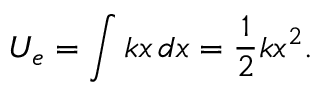
U _ { e } = \int { k x } \, d x = { \frac { 1 } { 2 } } k x ^ { 2 } .